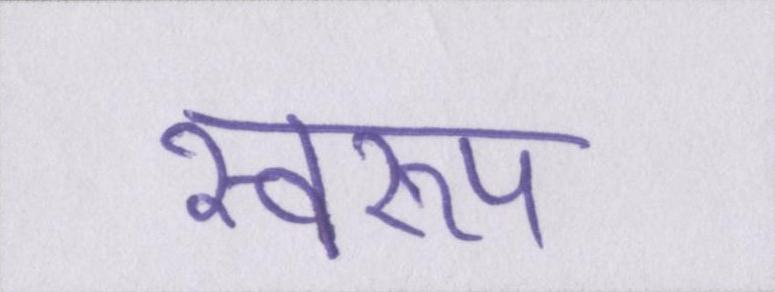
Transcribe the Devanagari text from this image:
स्वरूप